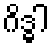
ဂိဒ္ဓါ